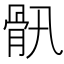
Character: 𩨖